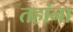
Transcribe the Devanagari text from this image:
तहांना